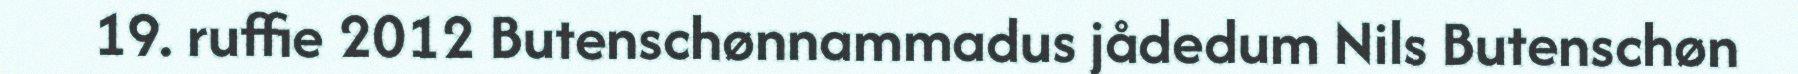
19. ruffie 2012 Butenschønnammadus jådedum Nils Butenschøn